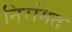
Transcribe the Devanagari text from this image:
निरमित